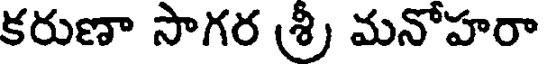
కరుణా సాగర శ్రీ మనోహరా